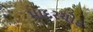
માદરચોદ